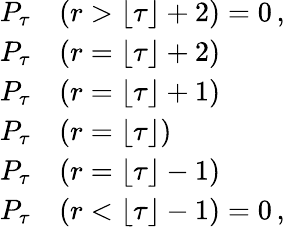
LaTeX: \begin{array}{rl}{P_{\tau}}&{{}(r>\lfloor\tau\rfloor+2)=0\, ,}\\ {P_{\tau}}&{{}(r=\lfloor\tau\rfloor+2)}\\ {P_{\tau}}&{{}(r=\lfloor\tau\rfloor+1)}\\ {P_{\tau}}&{{}(r=\lfloor\tau\rfloor)}\\ {P_{\tau}}&{{}(r=\lfloor\tau\rfloor-1)}\\ {P_{\tau}}&{{}(r<\lfloor\tau\rfloor-1)=0\, ,}\end{array}